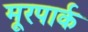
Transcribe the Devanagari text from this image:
मूरपार्क